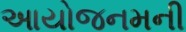
આયોજનમની